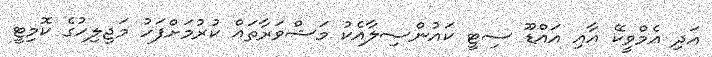
އަދި އެމްވީކޭ އާއި އައްޑޫ ސިޓީ ކައުންސިލާއެކު މަޝްވަރާތައް ކުރުމަށްފަހު މަޖިލިހުގެ ކޮމިޓީ